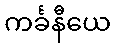
ကင်္ခနီယေ